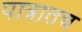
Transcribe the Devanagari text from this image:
पात्रातच